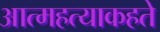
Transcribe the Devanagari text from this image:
आत्महत्याकहते